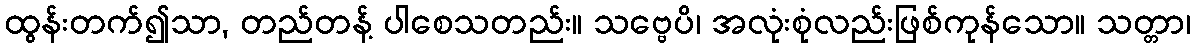
ထွန်းတက်၍သာ, တည်တန့် ပါစေသတည်း။ သဗ္ဗေပိ၊ အလုံးစုံလည်းဖြစ်ကုန်သော။ သတ္တာ၊